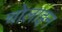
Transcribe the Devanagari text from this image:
चोलाइन